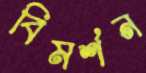
বিমর্শন